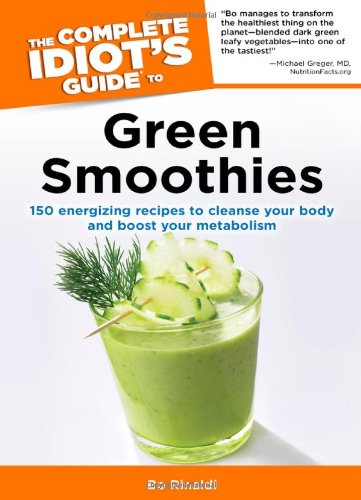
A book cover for The Complete Idiot's Guide to Green Smoothies (Complete Idiot's Guides (Lifestyle Paperback)); Bo Rinaldi; Cookbooks, Food & Wine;